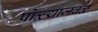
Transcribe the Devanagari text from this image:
पोळ्याजवळ